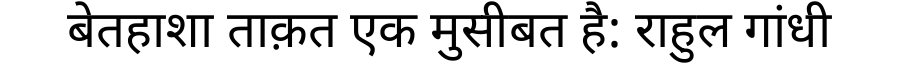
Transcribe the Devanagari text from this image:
बेतहाशा ताक़त एक मुसीबत है: राहुल गांधी